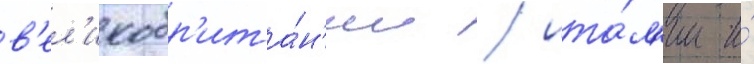
в'ел'икобр'ита́н'ии / ита́л'ии и́